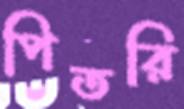
পিতরি